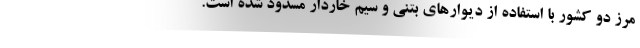
مرز دو کشور با استفاده از دیوارهای بتنی و سیم خاردار مسدود شده است.